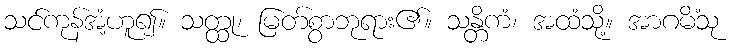
သင်ကုန်အံ့ဟူ၍။ သတ္ထု၊ မြတ်စွာဘုရား၏။ သန္တိကံ၊ အထံသို့။ အာဂမိံသု